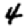
Digit: 4